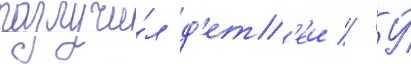
разлучи́л д'ет'еи // У́